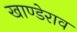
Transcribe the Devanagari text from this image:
खाण्डेराव